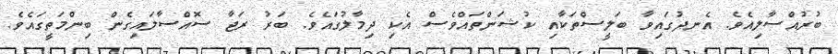
ބުރުއްސާލިއެވެ. އެނދުގައިވާ ބަލީސްތަކާއި ކުޝަންތައްވެސް އެކި ދިމާލުގައެވެ. ބަރު ރަޖާ ސޮއްސާލައިގެން ބިންމަތީގައެވެ.